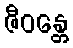
ဇီဝန္တေ